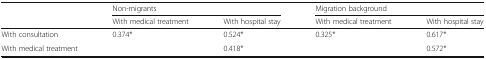
| <ROWSPAN=2>  | <COLSPAN=2> Non-migrants | <COLSPAN=2> Migration background |
 | With medical treatment | With hospital stay | With medical treatment | With hospital stay |
 | --- | --- | --- | --- | --- |
 | With consultation | 0.374* | 0.524* | 0.325* | 0.617* |
 | With medical treatment |  | 0.418* |  | 0.572* |